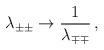
LaTeX: \begin{align*}\lambda_{\pm\pm}\rightarrow{1\over\lambda_{\mp\mp}} \,,\end{align*}